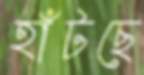
হাঁটছে